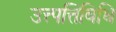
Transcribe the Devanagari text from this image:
उत्त्पत्तिविधि